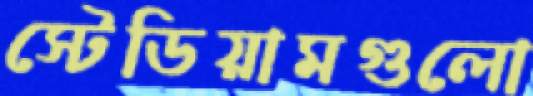
স্টেডিয়ামগুলো